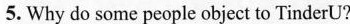
5. Why do some people object to TinderU?